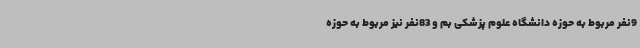
9نفر مربوط به حوزه دانشگاه علوم پزشکی بم و 83نفر نیز مربوط به حوزه